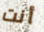
أنت